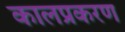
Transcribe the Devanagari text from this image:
कालप्रकरण